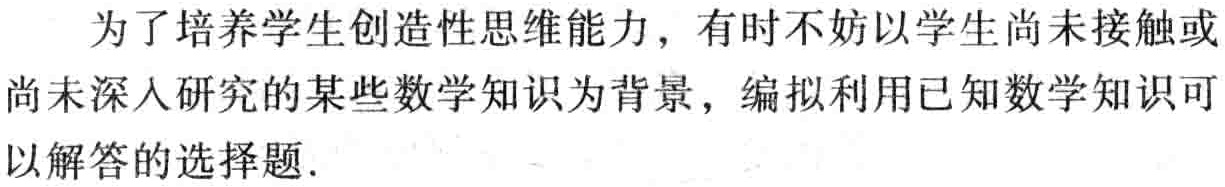
为了培养学生创造性思维能力，有时不妨以学生尚未接触或尚未深入研究的某些数学知识为背景，编拟利用已知数学知识可以解答的选择题.